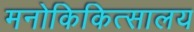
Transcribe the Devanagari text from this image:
मनोकिकित्सालय